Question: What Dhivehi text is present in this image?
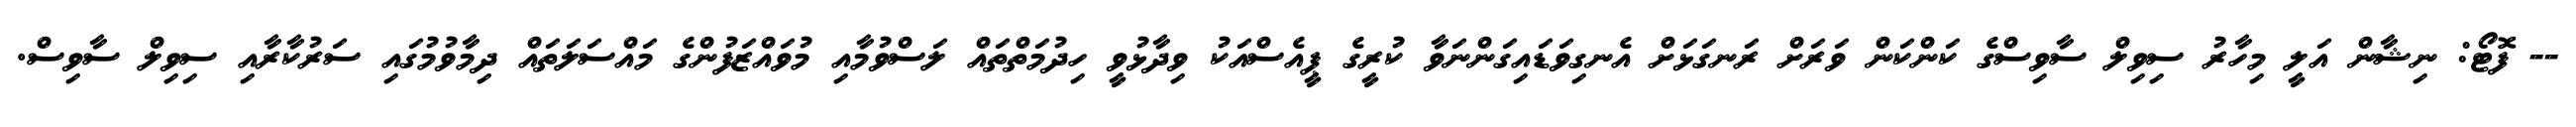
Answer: -- ފޮޓޯ: ނިޝާން އަލީ މިހާރު ސިވިލް ސާވިސްގެ ކަންކަން ވަރަށް ރަނގަޅަށް އެނގިވަޑައިގަންނަވާ ކުރީގެ ޕީއެސްއަކު ވިދާޅުވީ ހިދުމަތްތައް ލަސްވުމާއި މުވައްޒަފުންގެ މައްސަލަތައް ދިމާވުމުގައި ސަރުކާރާއި ސިވިލް ސާވިސް.